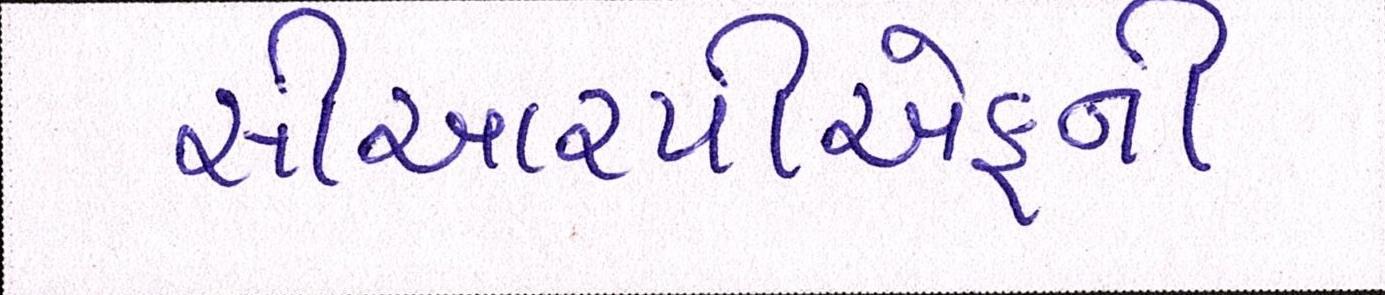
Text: સીઆરપીએફની